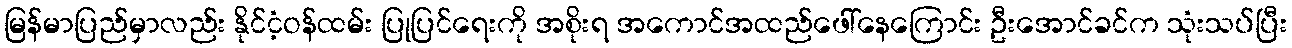
မြန်မာပြည်မှာလည်း နိုင်ငံ့ဝန်ထမ်း ပြုပြင်ရေးကို အစိုးရ အကောင်အထည်ဖေါ်နေကြောင်း ဦးအောင်ခင်က သုံးသပ်ပြီး